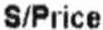
S/PRICE